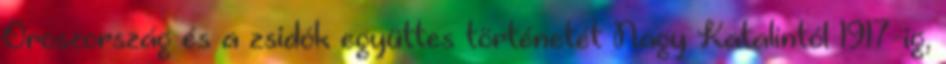
Oroszország és a zsidók együttes történetét Nagy Katalintól 1917-ig,